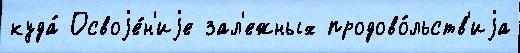
куда́ Освоjе́н'иjе зал'ежных продово́льств'иjа